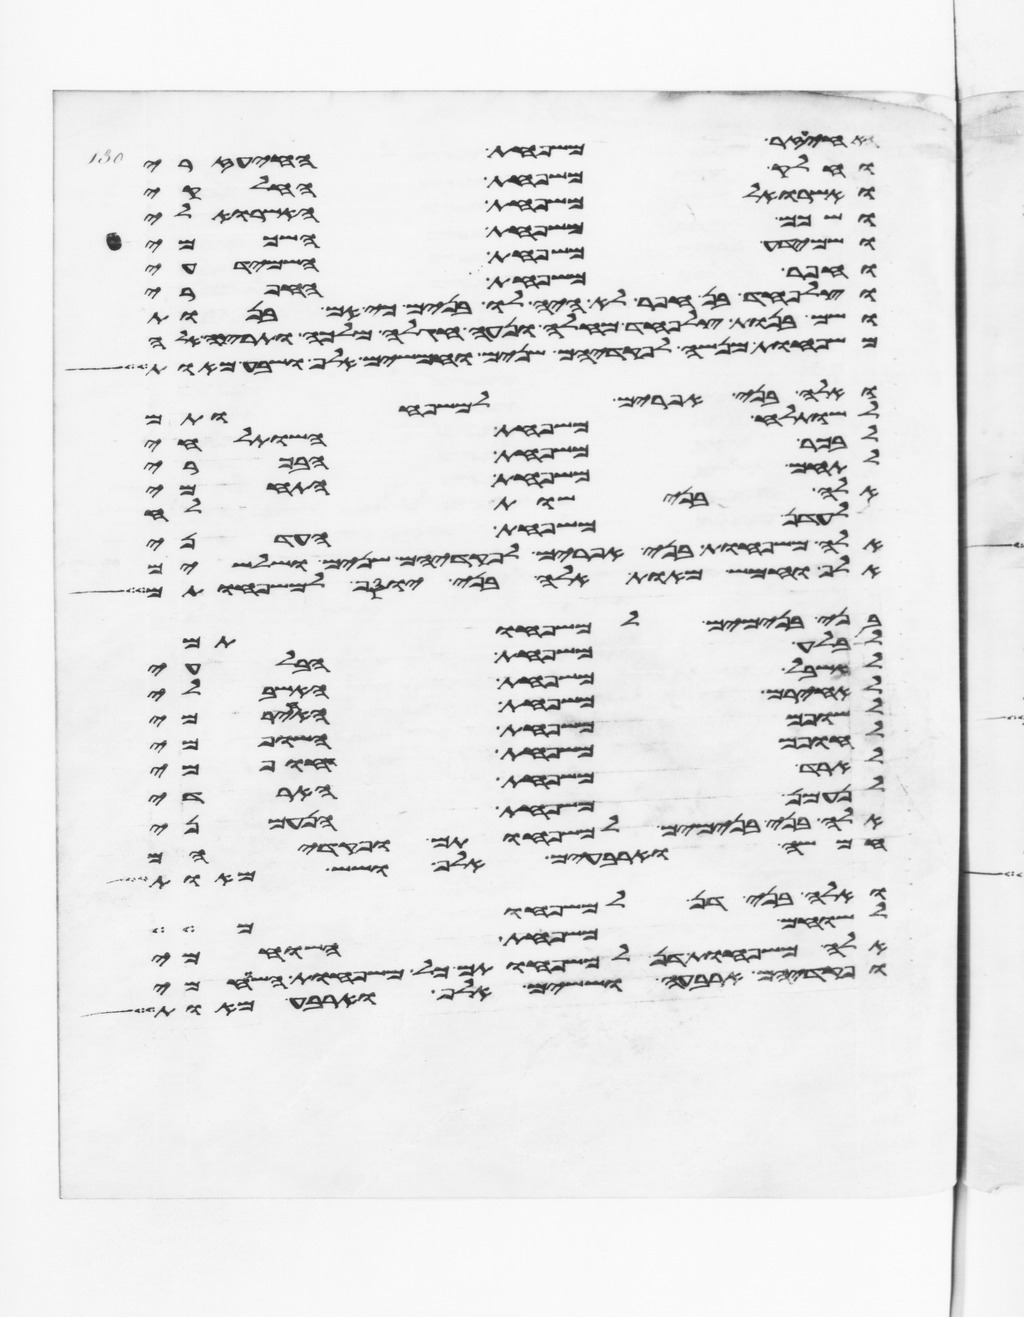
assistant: איעזר משפחת האיעזרי
וחלק משפחת החלקי
ואשרואל משפחת האשרואלי
ושכם משפחת השכמי
ושמידע משפחת השמידעי
וחפר משפחת החפרי
וצלפחד בן חפר לא היה לו בנים כי אם בנות
ושם בנות צלפחד מחלה ונעה חגלה מלכה ותרצה
משפחות מנשה לפקדיהם שנים וחמשים אלף ושבע מאות
ואלה בני אפרים למשפחותם
לשותלח משפחת השותלחי
לבכר משפחת הבכרי
לתחם משפחת התחמי
אלה בני שותלח
לעדן משפחת העדני
אלה משפחות בני אפרים לפקדיהם שנים ושלשים
אלף וחמש מאות אלה בני יוסף למשפחותם
בני בנימים למשפחותם
לבלע משפחת הבלעי
לאשבל משפחת האשבלי
לאחירם משפחת האחירמי
לשופם משפחת השופמי
לחופם משפחת החופמי
לארד משפחת הארדי
לנעמן משפחת הנעמני
אלה בני בנימים למשפחותם ופקדיהם
חמשה וארבעים אלף ושש מאות
ואלה בני דן למשפחותם
לשוחם משפחת השוחמי
אלה משפחות דן למשפחותם כל משפחות השוחמי
ופקדיהם ארבעה וששים אלף וארבע מאות